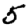
Digit: 5